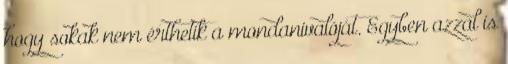
hogy sokak nem érthetik a mondanivalóját. Egyben azzal is